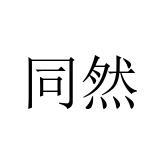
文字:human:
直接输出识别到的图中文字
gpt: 同然